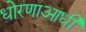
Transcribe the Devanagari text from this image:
धोरणाआधी